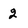
Character: 2